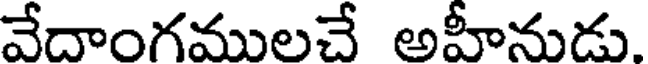
వేదాంగములచే అహీనుడు.